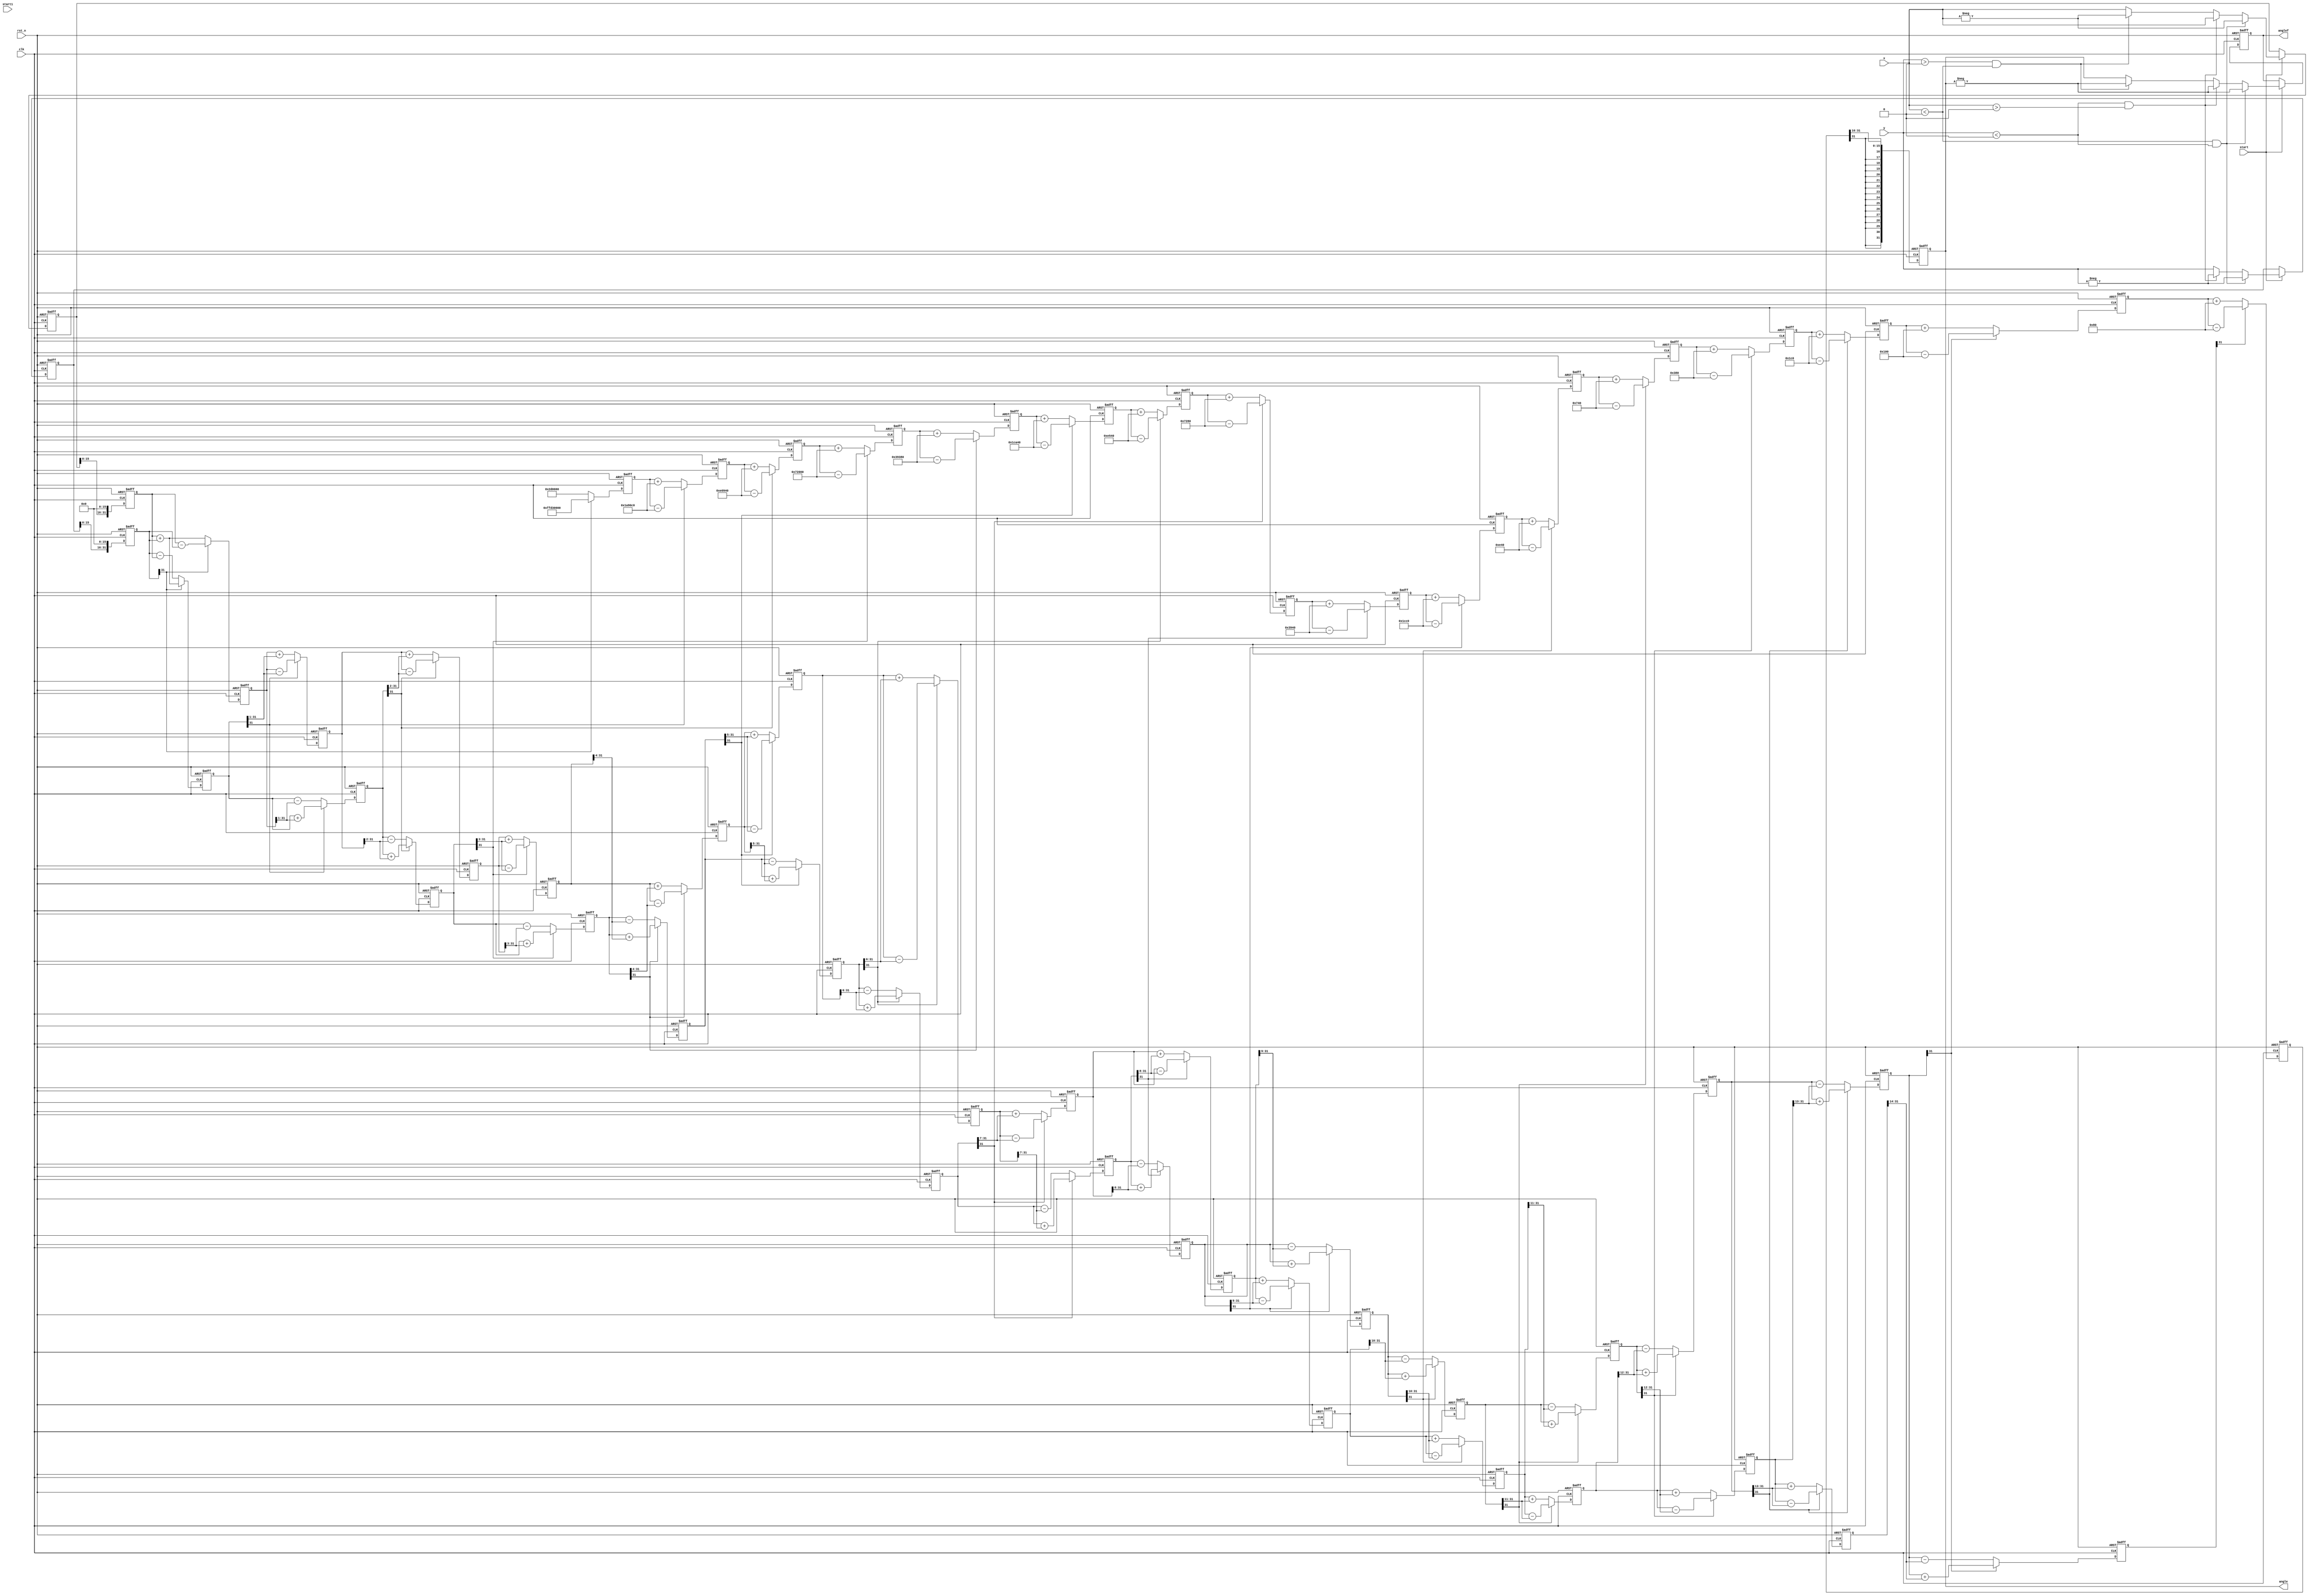

module cordic_B(
input 						clk,
input 						rst_n,
input	signed [31:0]		x,
input	signed [31:0]		y,
input						start,
input						start1,
output 	reg signed[31:0]	angle,
output 	wire signed[31:0]	anglef
);

parameter angle_0 = 32'd2949120;		//45*2^16
parameter angle_1 = 32'd1740992;     //26.5651*2^16
parameter angle_2 = 32'd919872;      //14.0362*2^16
parameter angle_3 = 32'd466944;      //7.1250*2^16
parameter angle_4 = 32'd234368;      //3.5763*2^16
parameter angle_5 = 32'd117312;     //1.7899*2^16
parameter angle_6 = 32'd58688;      //0.8952*2^16
parameter angle_7 = 32'd29312;      //0.4476*2^16
parameter angle_8 = 32'd14656;      //0.2238*2^16
parameter angle_9 = 32'd7360;      //0.1119*2^16
parameter angle_10 = 32'd3648;      //0.0560*2^16
parameter angle_11 = 32'd1856;	    //0.0280*2^16
parameter angle_12 = 32'd896;      //0.0140*2^16
parameter angle_13 = 32'd448;      //0.0070*2^16
parameter angle_14 = 32'd256;      //0.0035*2^16
parameter angle_15 = 32'd128;      //0.0018*2^16

parameter pipeline = 16;


// reg signed [31:0] Sin;
// reg signed [31:0] Cos;

reg signed 	[31:0] 		x0 =0,y0 =0,z0 =0;
reg signed 	[31:0] 		x1 =0,y1 =0,z1 =0;
reg signed 	[31:0] 		x2 =0,y2 =0,z2 =0;
reg signed 	[31:0] 		x3 =0,y3 =0,z3 =0;
reg signed 	[31:0] 		x4 =0,y4 =0,z4 =0;
reg signed 	[31:0] 		x5 =0,y5 =0,z5 =0;
reg signed 	[31:0] 		x6 =0,y6 =0,z6 =0;
reg signed 	[31:0] 		x7 =0,y7 =0,z7 =0;
reg signed 	[31:0] 		x8 =0,y8 =0,z8 =0;
reg signed 	[31:0] 		x9 =0,y9 =0,z9 =0;
reg signed 	[31:0] 		x10=0,y10=0,z10=0;
reg signed 	[31:0] 		x11=0,y11=0,z11=0;
reg signed 	[31:0] 		x12=0,y12=0,z12=0;
reg signed 	[31:0] 		x13=0,y13=0,z13=0;
reg signed 	[31:0] 		x14=0,y14=0,z14=0;
reg signed 	[31:0] 		x15=0,y15=0,z15=0;
reg signed 	[31:0] 		x16=0,y16=0,z16=0;

reg signed [31:0] x_processed;
reg signed [31:0] y_processed;
reg [1:0] xy_sign;
wire signed [31:0] xf;
wire finished1;
wire aftertreatx_y;
wire signed [31:0] yf;
reg first_block_done;

always @(posedge clk or negedge rst_n) begin
  if (!rst_n) begin
    xy_sign <= 2'b00;
    x_processed <= 32'h0;
    y_processed <= 32'h0;
    first_block_done <= 1'b0;
  end else if (start) begin
    if (x < 0 && y < 0) begin
      xy_sign <= 2'b11;
      x_processed <= -x;
      y_processed <= -y;
    end else if (y < 0 && x > 0) begin
      xy_sign <= 2'b01;
      x_processed <= x;
      y_processed <= -y;
    end else if (y > 0 && x < 0) begin
      xy_sign <= 2'b10;
      x_processed <= -x;
      y_processed <= y;
    end else begin
      xy_sign <= 2'b00;
      x_processed <= x;
      y_processed <= y;
    end
    first_block_done <= 1'b1;
  end
end

assign xf = x_processed;
assign yf = y_processed; 
assign finished1 = first_block_done;
assign aftertreatx_y = xy_sign;

reg  [4:0]           count;
always@(posedge clk or negedge rst_n)begin
	if(!rst_n)
		count <= 'b0;
	else if(finished1)begin
		if(count != 5'd18)
			count <= count + 1'b1;
		else 
			count <= count;
	end
end
wire finished2;
assign finished2 = (count == 5'd18)?1'b1:1'b0;

always@(posedge clk or negedge rst_n)begin
	if(!rst_n)begin
		x0 <= 'b0;
		y0 <= 'b0;
		z0 <= 'b0;

	end
	
	else begin
		x0 <= xf<<<16;
		y0 <= yf<<<16;
		z0 <= 'b0;
	end
end 

always@(posedge clk or negedge rst_n)begin//
	if(!rst_n)begin
		x1 <= 'b0;
		y1 <= 'b0;
		z1 <= 'b0;
	end
	else if(!y0[31]) begin					
		x1 <= x0 + y0;
		y1 <= y0 - x0;
		z1 <= z0 + angle_0;
	end
	else begin
		x1 <= x0 - y0;
		y1 <= y0 + x0;
		z1 <= z0 - angle_0;		
	end
end 

always@(posedge clk or negedge rst_n)begin//
	if(!rst_n)begin
		x2 <= 'b0;
		y2 <= 'b0;
		z2 <= 'b0;
	end
	else if(!y1[31]) begin
		x2 <= x1 + (y1>>>1);
		y2 <= y1 - (x1>>>1);
		z2 <= z1 + angle_1;
	end
	else begin
		x2 <= x1 - (y1>>>1);
		y2 <= y1 + (x1>>>1);
		z2 <= z1 - angle_1;	
	end
end 

always@(posedge clk or negedge rst_n)begin//3
	if(!rst_n)begin
		x3 <= 'b0;
		y3 <= 'b0;
		z3 <= 'b0;
	end
	else if(!y2[31]) begin
		x3 <= x2 + (y2>>>2);
		y3 <= y2 - (x2>>>2);
		z3 <= z2 + angle_2;
	end
	else begin
		x3 <= x2 - (y2>>>2);
		y3 <= y2 + (x2>>>2);
		z3 <= z2 - angle_2;	
	end
end 

always@(posedge clk or negedge rst_n)begin//4
	if(!rst_n)begin
		x4 <= 'b0;
		y4 <= 'b0;
		z4 <= 'b0;
	end
	else if(!y3[31]) begin
		x4 <= x3 + (y3>>>3);
		y4 <= y3 - (x3>>>3);
		z4 <= z3 + angle_3;
	end
	else begin
		x4 <= x3 - (y3>>>3);
		y4 <= y3 + (x3>>>3);
		z4 <= z3 - angle_3;	
	end
end 

always@(posedge clk or negedge rst_n)begin//5
	if(!rst_n)begin
		x5 <= 'b0;
		y5 <= 'b0;
		z5 <= 'b0;
	end
	else if(!y4[31]) begin
		x5 <= x4 + (y4>>>4);
		y5 <= y4 - (x4>>>4);
		z5 <= z4 + angle_4;
	end
	else begin
		x5 <= x4 - (y4>>>4);
		y5 <= y4 + (x4>>>4);
		z5 <= z4 - angle_4;	
	end
end 

always@(posedge clk or negedge rst_n)begin//6
	if(!rst_n)begin
		x6 <= 'b0;
		y6 <= 'b0;
		z6 <= 'b0;
	end
	else if(!y5[31]) begin
		x6 <= x5 + (y5>>>5);
		y6 <= y5 - (x5>>>5);
		z6 <= z5 + angle_5;
	end
	else begin
		x6 <= x5 - (y5>>>5);
		y6 <= y5 + (x5>>>5);
		z6 <= z5 - angle_5;	
	end
end 

always@(posedge clk or negedge rst_n)begin//7
	if(!rst_n)begin
		x7 <= 'b0;
		y7 <= 'b0;
		z7 <= 'b0;
	end
	else if(!y6[31]) begin
		x7 <= x6 + (y6>>>6);
		y7 <= y6 - (x6>>>6);
		z7 <= z6 + angle_6;
	end
	else begin
		x7 <= x6 - (y6>>>6);
		y7 <= y6 + (x6>>>6);
		z7 <= z6 - angle_6;	
	end
end 

always@(posedge clk or negedge rst_n)begin//8
	if(!rst_n)begin
		x8 <= 'b0;
		y8 <= 'b0;
		z8 <= 'b0;
	end
	else if(!y7[31]) begin
		x8 <= x7 + (y7>>>7);
		y8 <= y7 - (x7>>>7);
		z8 <= z7 + angle_7;
	end
	else begin
		x8 <= x7 - (y7>>>7);
		y8 <= y7 + (x7>>>7);
		z8 <= z7 - angle_7;	
	end
end 

always@(posedge clk or negedge rst_n)begin//9
	if(!rst_n)begin
		x9 <= 'b0;
		y9 <= 'b0;
		z9 <= 'b0;
	end
	else if(!y8[31]) begin
		x9 <= x8 + (y8>>>8);
		y9 <= y8 - (x8>>>8);
		z9 <= z8 + angle_8;
	end
	else begin
		x9 <= x8 - (y8>>>8);
		y9 <= y8 + (x8>>>8);
		z9 <= z8 - angle_8;	
	end
end 

always@(posedge clk or negedge rst_n)begin//10
	if(!rst_n)begin
		x10 <= 'b0;
		y10 <= 'b0;
		z10 <= 'b0;
	end
	else if(!y9[31]) begin
		x10 <= x9 + (y9>>>9);
		y10 <= y9 - (x9>>>9);
		z10 <= z9 + angle_9;
	end
	else begin
		x10 <= x9 - (y9>>>9);
		y10 <= y9 + (x9>>>9);
		z10 <= z9 - angle_9;	
	end
end 

always@(posedge clk or negedge rst_n)begin//11
	if(!rst_n)begin
		x11 <= 'b0;
		y11 <= 'b0;
		z11 <= 'b0;
	end
	else if(!y10[31]) begin
		x11 <= x10 + (y10>>>10);
		y11 <= y10 - (x10>>>10);
		z11 <= z10 + angle_10;
	end
	else begin
		x11 <= x10 - (y10>>>10);
		y11 <= y10 + (x10>>>10);
		z11 <= z10 - angle_10;	
	end
end 

always@(posedge clk or negedge rst_n)begin//12
	if(!rst_n)begin
		x12 <= 'b0;
		y12 <= 'b0;
		z12 <= 'b0;
	end
	else if(!y11[31]) begin
		x12 <= x11 + (y11>>>11);
		y12 <= y11 - (x11>>>11);
		z12 <= z11 + angle_11;
	end
	else begin
		x12 <= x11 - (y11>>>11);
		y12 <= y11 + (x11>>>11);
		z12 <= z11 - angle_11;	
	end
end 

always@(posedge clk or negedge rst_n)begin//13
	if(!rst_n)begin
		x13 <= 'b0;
		y13 <= 'b0;
		z13 <= 'b0;
	end
	else if(!y12[31]) begin
		x13 <= x12 + (y12>>>12);
		y13 <= y12 - (x12>>>12);
		z13 <= z12 + angle_12;
	end
	else begin
		x13 <= x12 - (y12>>>12);
		y13 <= y12 + (x12>>>12);
		z13 <= z12 - angle_12;	
	end
end 

always@(posedge clk or negedge rst_n)begin//14
	if(!rst_n)begin
		x14 <= 'b0;
		y14 <= 'b0;
		z14 <= 'b0;
	end
	else if(!y13[31]) begin
		x14 <= x13 + (y13>>>13);
		y14 <= y13 - (x13>>>13);
		z14 <= z13 + angle_13;
	end
	else begin
		x14 <= x13 - (y13>>>13);
		y14 <= y13 + (x13>>>13);
		z14 <= z13 - angle_13;	
	end
end 

always@(posedge clk or negedge rst_n)begin//15
	if(!rst_n)begin
		x15 <= 'b0;
		y15 <= 'b0;
		z15 <= 'b0;
	end
	else if(!y14[31]) begin
		x15 <= x14 + (y14>>>14);
		y15 <= y14 - (x14>>>14);
		z15 <= z14 + angle_14;
	end
	else begin
		x15 <= x14 - (y14>>>14);
		y15 <= y14 + (x14>>>14);
		z15 <= z14 - angle_14;	
	end
end 

always@(posedge clk or negedge rst_n)begin//16
	if(!rst_n)begin
		x16 <= 'b0;
		y16 <= 'b0;
		z16 <= 'b0;
	end
	else if(!y15[31]) begin
		x16 <= x15 + (y15>>>15);
		y16 <= y15 - (x15>>>15);
		z16 <= z15 + angle_15;
	end
	else begin
		x16 <= x15 - (y15>>>15);
		y16 <= y15 + (x15>>>15);
		z16 <= z15 - angle_15;	
	end
end 
always@(posedge clk or negedge rst_n)begin
	if(!rst_n)begin
		angle <= 'b0;
	end
	else begin
		angle 	= z16>>>16;
	end
end 

reg signed [31:0] angle_processed;
always @(posedge clk or negedge rst_n) begin
  if (!rst_n) begin
    angle_processed <= 32'h0;
  end else if (start) begin
    if (x < 0 && y < 0) begin
       angle_processed <= -angle;
    end else if (y < 0 && x > 0) begin
	   angle_processed <= -angle;
    end else if (y > 0 && x < 0) begin
       angle_processed <= -angle;
    end else begin
       angle_processed <= angle;
    end
  end
end

assign anglef = angle_processed;

endmodule